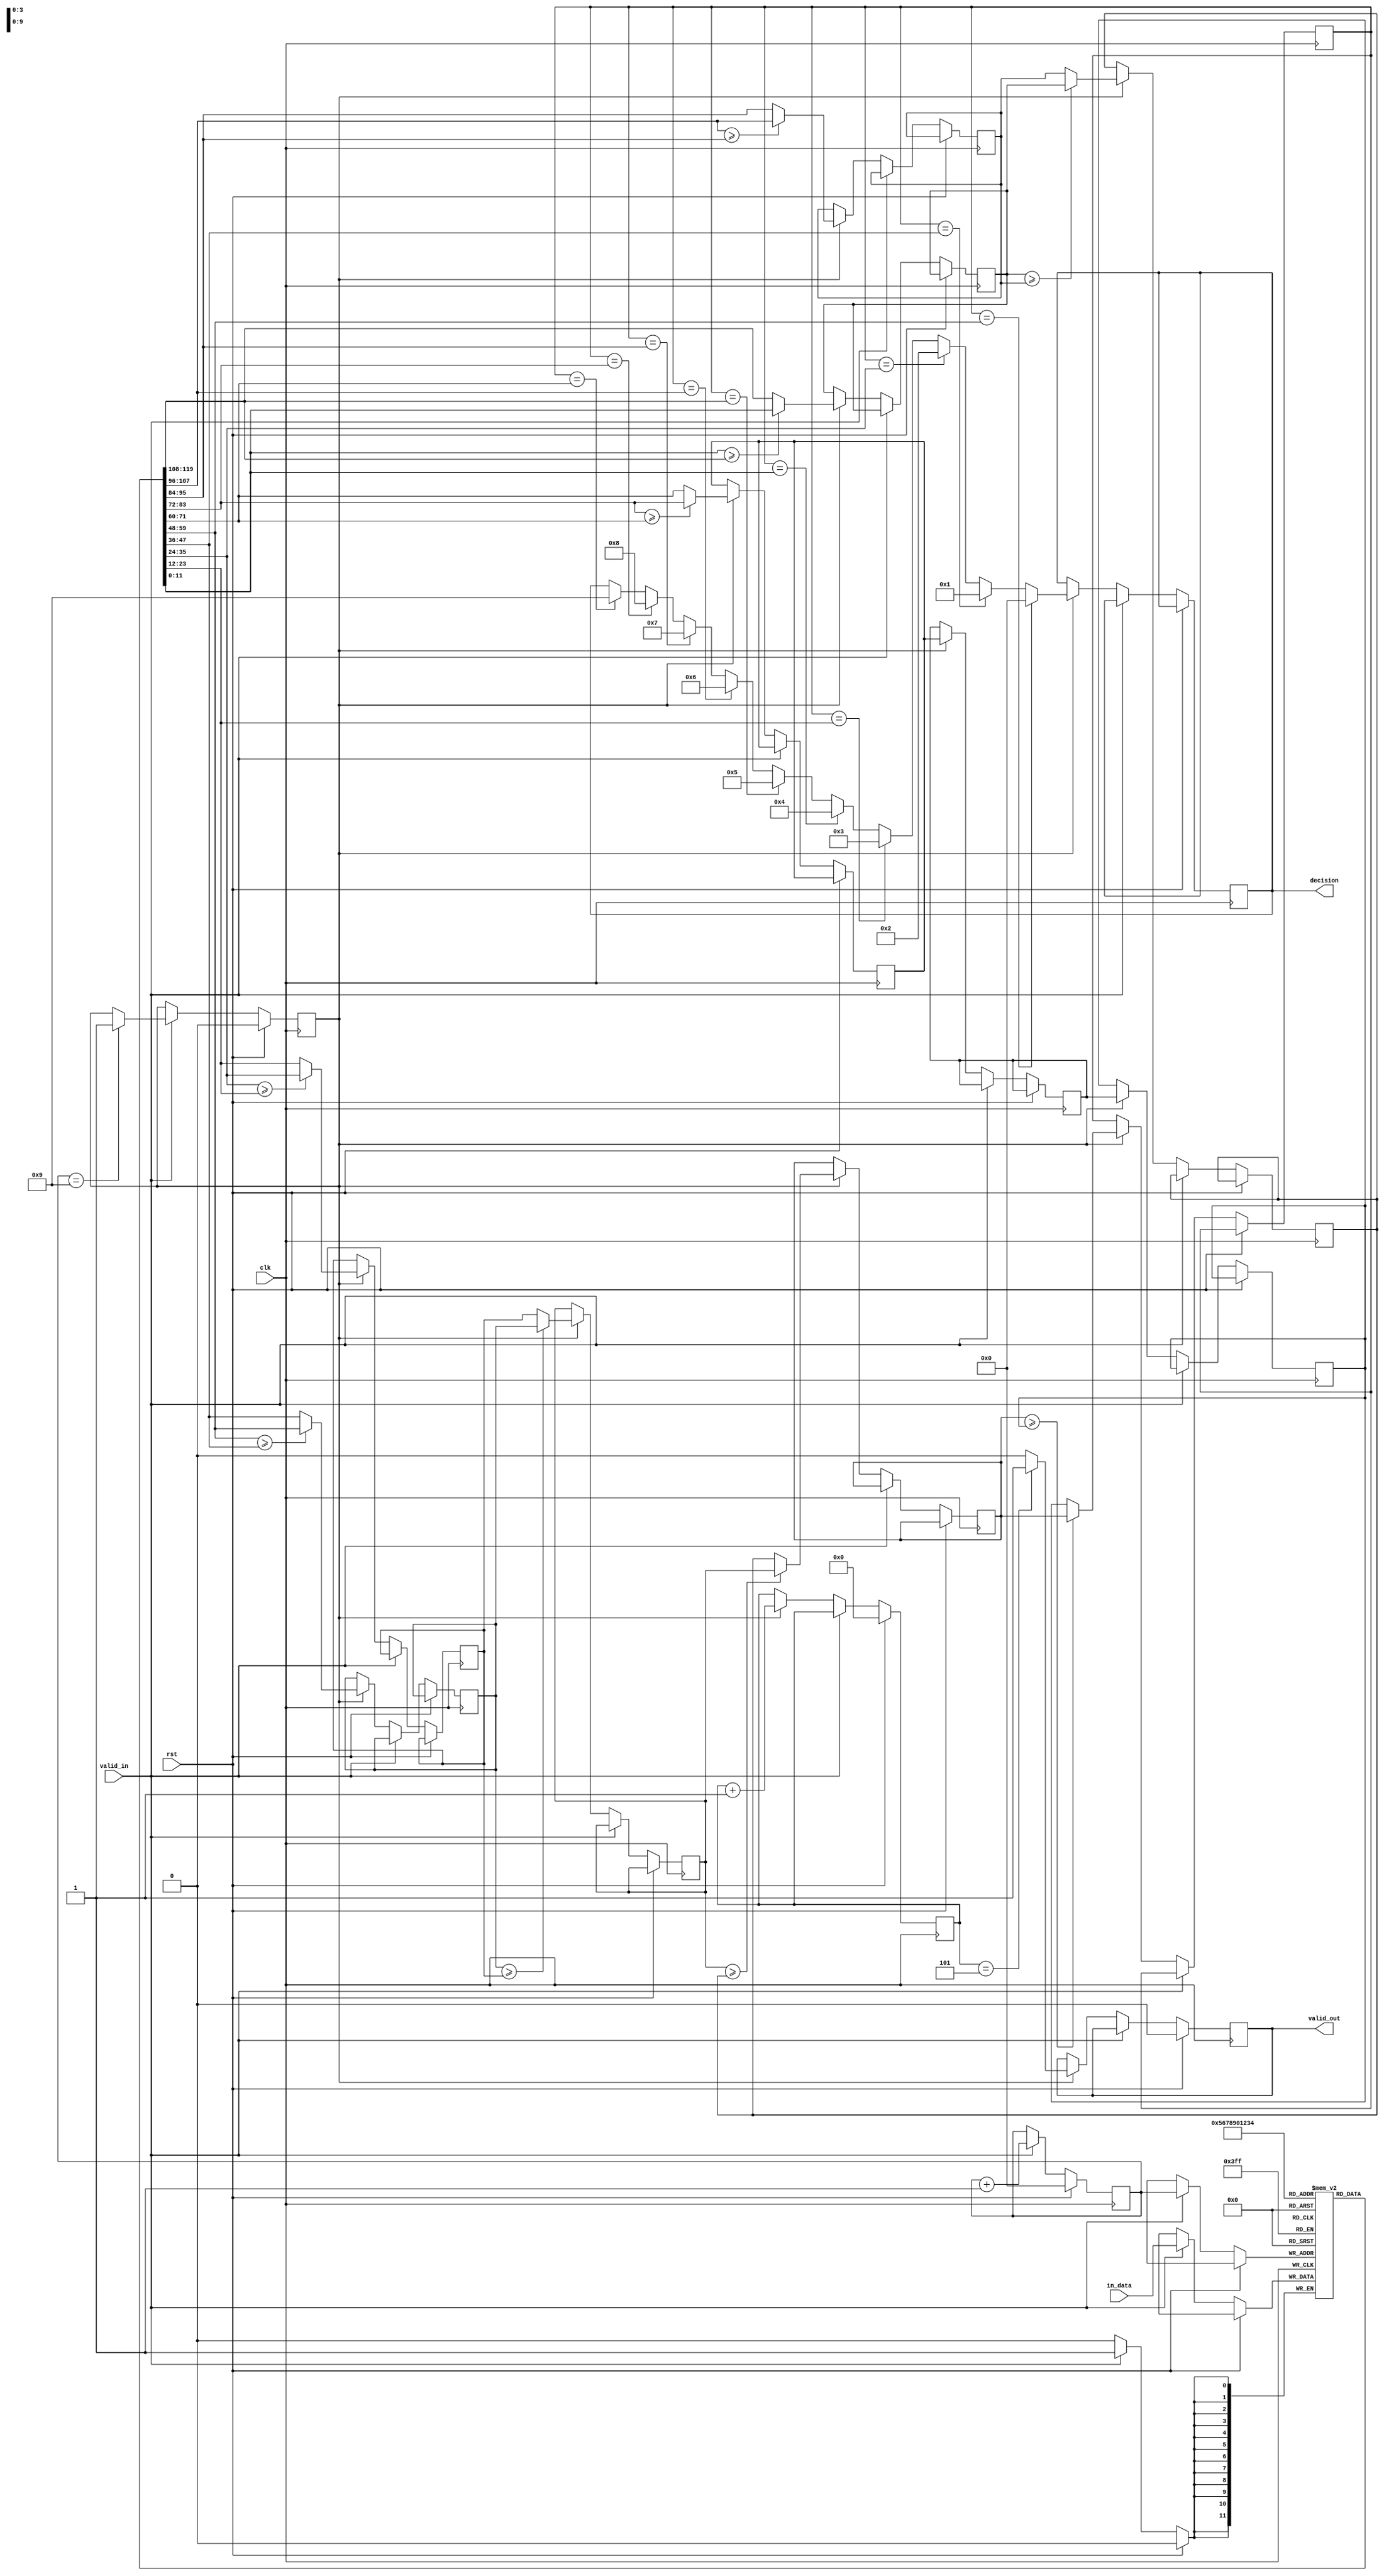

module comparator #(parameter INPUT_BITS = 12, NUM_CLASS = 10)
(
    clk, rst,
    valid_in,
			   
    //input_result
    in_data,
			   
    //output_result
    decision,
	valid_out
);  

input clk, rst, valid_in;
input signed [INPUT_BITS-1:0] in_data;

output reg [3:0] decision;
output reg valid_out;

reg signed [INPUT_BITS-1:0] buffer [0:NUM_CLASS-1];  
reg signed [INPUT_BITS-1:0] max;   
reg signed [INPUT_BITS-1:0] compare1_0, compare1_1, compare1_2, compare1_3, compare1_4,
							compare2_0, compare2_1, compare2_2, compare3_0, compare3_1;  

reg [3:0] buf_count;
reg [11:0] delay_count; // 4
reg state;

always @ (posedge clk) begin
    if(rst) begin
        valid_out <= 0;
		buf_count <= 0;
		delay_count <= 0;
		state <= 0;

    end
    else begin
	    if(valid_in == 1) begin
			buf_count <= buf_count + 1;
			if(buf_count == NUM_CLASS - 1) begin
				state <= 1;
			end
			buffer[buf_count] <= in_data;
			
		end
		else begin
			if(state == 1) begin
				delay_count <= delay_count + 1;
				if(delay_count == 12'd5) 
					valid_out <= 1;
				else 
					valid_out <= 0;

				// First compare
				if(buffer[0] >= buffer[1]) compare1_0 <= buffer[0];
				else compare1_0 <= buffer[1];
			
				if(buffer[2] >= buffer[3]) compare1_1 <= buffer[2];
				else compare1_1 <= buffer[3];

				if(buffer[4] >= buffer[5]) compare1_2 <= buffer[4];
				else compare1_2 <= buffer[5];

				if(buffer[6] >= buffer[7]) compare1_3 <= buffer[6];
				else compare1_3 <= buffer[7];

				if(buffer[8] >= buffer[9]) compare1_4 <= buffer[8];
				else compare1_4 <= buffer[9];

				// Second compare
				if(compare1_0 >= compare1_1) compare2_0 <= compare1_0;
				else compare2_0 <= compare1_1;

				if(compare1_2 >= compare1_3) compare2_1 <= compare1_2;
				else compare2_1 <= compare1_3;

				compare2_2 <= compare1_4;
		 
				// Third compare
				if(compare2_0 >= compare2_1) compare3_0 <= compare2_0;
				else compare3_0 <= compare2_1;

				compare3_1 <= compare2_2;

				// Last compare   
				if(compare3_0 >= compare3_1) max <= compare3_0;
				else max <= compare3_1;
		  
				// Output Index
				if(max == buffer[0])
					decision <= 4'b0000;
				else if(max == buffer[1])
					decision <= 4'b0001;
				else if(max == buffer[2])
					decision <= 4'b0010;
				else if(max == buffer[3])
					decision <= 4'b0011;
				else if(max == buffer[4])
					decision <= 4'b0100;
				else if(max == buffer[5])
					decision <= 4'b0101;
				else if(max == buffer[6])
					decision <= 4'b0110;
				else if(max == buffer[7])
					decision <= 4'b0111;
				else if(max == buffer[8])
					decision <= 4'b1000;
				else if(max == buffer[9])
					decision <= 4'b1001;
				else 
					decision <= decision; // DO NOTHING on Useless Values
			end
		end
	end
end
	
endmodule